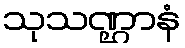
သုသဏ္ဌာနံ